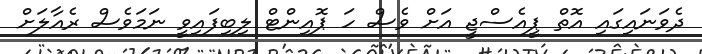
ދެވަނައިގައި އޮތް ޕީއެސްޖީ އަށް ވެސް ހަ ޕޮއިންޓް ލިބިފައިވީ ނަމަވެސް ރެއާލަށް